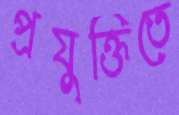
প্রযুক্তিতে